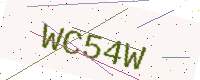
Text: WC54W